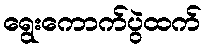
ရွေးကောက်ပွဲထက်